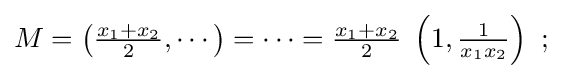
M=\left({\tfrac {x_{1}+x_{2}}{2}},\cdots \right)=\cdots ={\tfrac {x_{1}+x_{2}}{2}}\;\left(1,{\tfrac {1}{x_{1}x_{2}}}\right)\ ;